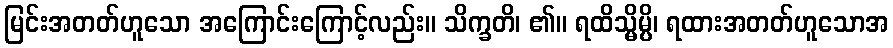
မြင်းအတတ်ဟူသော အကြောင်းကြောင့်လည်း။ သိက္ခတိ၊ ၏။ ရထိသ္မိမ္ပိ၊ ရထားအတတ်ဟူသောအ